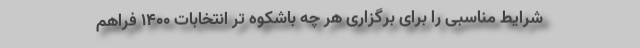
شرایط مناسبی را برای برگزاری هر چه باشکوه تر انتخابات ۱۴۰۰ فراهم